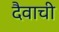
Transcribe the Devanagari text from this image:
दैवाची